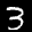
Label: 3